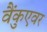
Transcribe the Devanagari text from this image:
वैंकुएवर